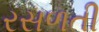
રસળતી